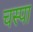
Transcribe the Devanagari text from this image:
चस्‍पा